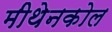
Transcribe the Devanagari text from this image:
मीथेनकोल